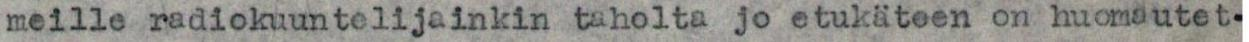
meille radiokuuntelijainkin taholta jo etukäteen on huomautet-